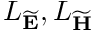
{ \cal L } _ { \widetilde { \bf E } } , { \cal L } _ { \widetilde { \bf H } }